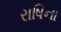
રાષિના